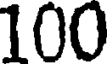
100